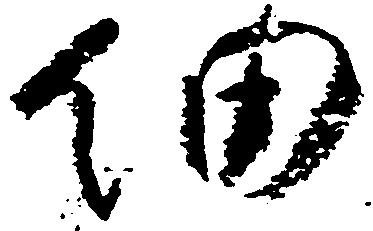
細